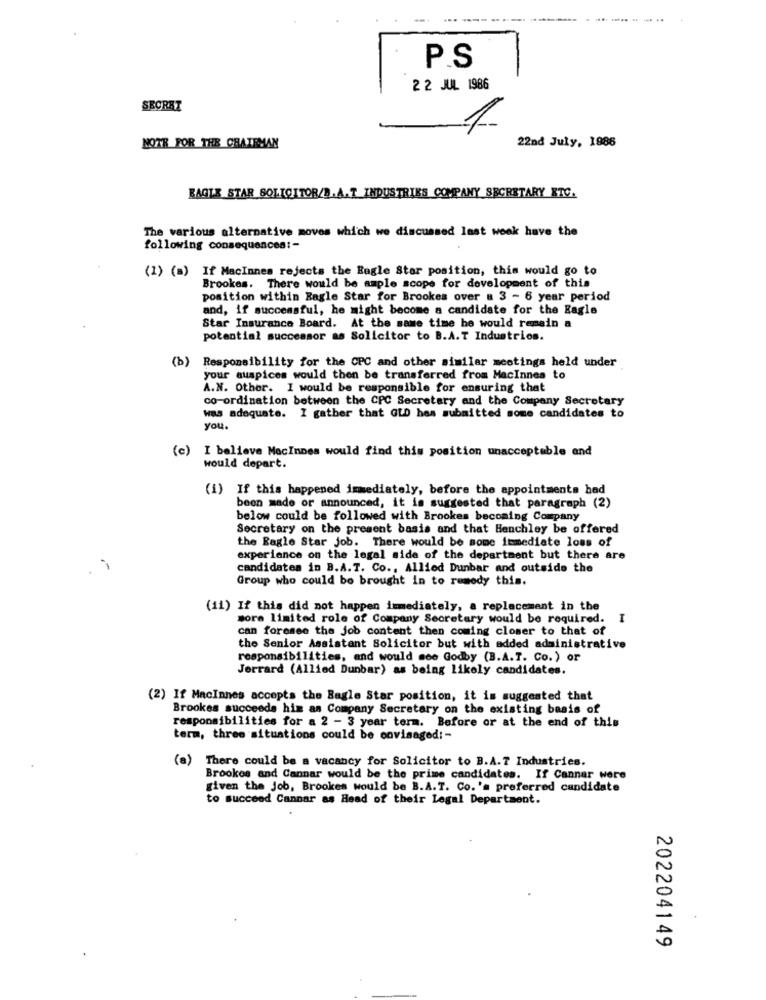
P.S
2 2 JUL 1986
SEORBT
1
22nd July, 1986
NOTE FOR THE CHAIRMAN
BAGLE STAR SOLICITOR/B.A.T_INDUSTRIES COMPANY_SECRETARY ETC.
The various alternative moves which we discussed last week have the
following consequences: -
(1) (a) If MacInnes rejects the Bagle Star position, this would go to
Brookes. There would be ample scope for development of this
position within Ragle Star for Brookes over a 3 - 6 year period
and, if successful, he might become a candidate for the Eagle
Star Insurance Board. At the same time he would remain a
potential successor as Solicitor to B.A.T Industrios.
(b)
Responsibility for the CPC and other similar meetings held under
your auspices would then be transferred from MacInnes to
A.N. Other. I would be responsible for ensuring that
co-ordination between the CPC Secretary and the Company Secretary
was adequate. I gather that GLD has submitted some candidates to
you.
(c) I believe MacInnes would find this position unacceptable and
would depart.
(i) If this happened immediately, before the appointments had
been made or announced, it is suggested that paragraph (2)
below could be followed with Brookes becoming Company
Secretary on the present basis and that Benchley be offered
the Eagle Star job. There would be some immediate loss of
experiance on the legal side of the department but there are
candidates in B.A.T. Co ., Allied Dunbar and outside the
Group who could be brought in to remedy this.
(11) If this did not happen immediately, a replacement in the
sora limited role of Company Secretary would be required.
can foresee the job content then coming closer to that of
the Senior Assistant Solicitor but with added administrative
responsibilities, and would soo Godby (B.A.T. Co.) or
Jerrard (Allied Dunbar) as being likely candidates.
(2) If MacInnes accepts the Bagle Star position, it is suggested that
Brookes succeeds him as Company Secretary on the existing basis of
responsibilities for a 2 - 3 year term. Before or at the end of this
term, three situations could be envisaged :-
(a) There could be a vacancy for Solicitor to B.A.T Industries.
Brookes and Cannar would be the prime candidates. If Cannar were
given the job, Brookes would be B.A.T. Co.'s preferred candidate
to succeed Cannar as Head of their Legal Department.
202204149